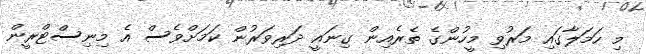
މި ހަމަލާގައި މަރުވި މީހުންގެ ތެރެއިން ގިނައީ ދަރިވަރުން ކަމަށްވެސް އެ މިނިސްޓްރީން